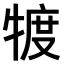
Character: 𤚡